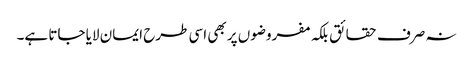
نہ صرف حقائق بلکہ مفروضوں پر بھی اسی طرح ایمان لایا جاتا ہے۔